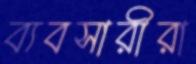
ব্যবসারীরা